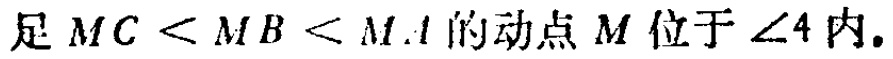
足 \(MC < MB < MA\) 的动点 \(M\) 位于 \(\angle 4\) 内.